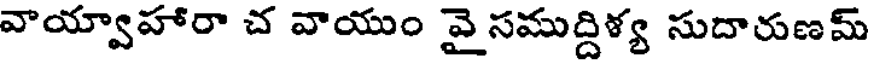
వాయ్వాహారా చ వాయుం వై సముద్దిళ్య సుదారుణమ్